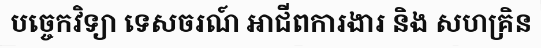
បច្ចេកវិទ្យា ទេសចរណ៍ អាជីពការងារ និង សហគ្រិន